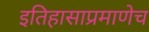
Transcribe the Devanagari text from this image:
इतिहासाप्रमाणेच